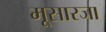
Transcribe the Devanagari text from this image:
मूसारजा